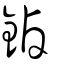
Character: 鏀